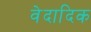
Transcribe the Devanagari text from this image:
वेदादिक